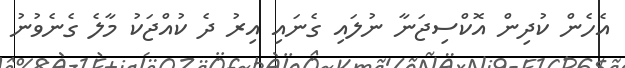
އެހެން ކުދިން އޮކްސިޖަނާ ނުލައި ގެނައި އިރު ދެ ކުއްޖަކު މާލެ ގެނެވުނު